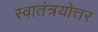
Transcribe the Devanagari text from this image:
स्वातंत्रयोत्तर